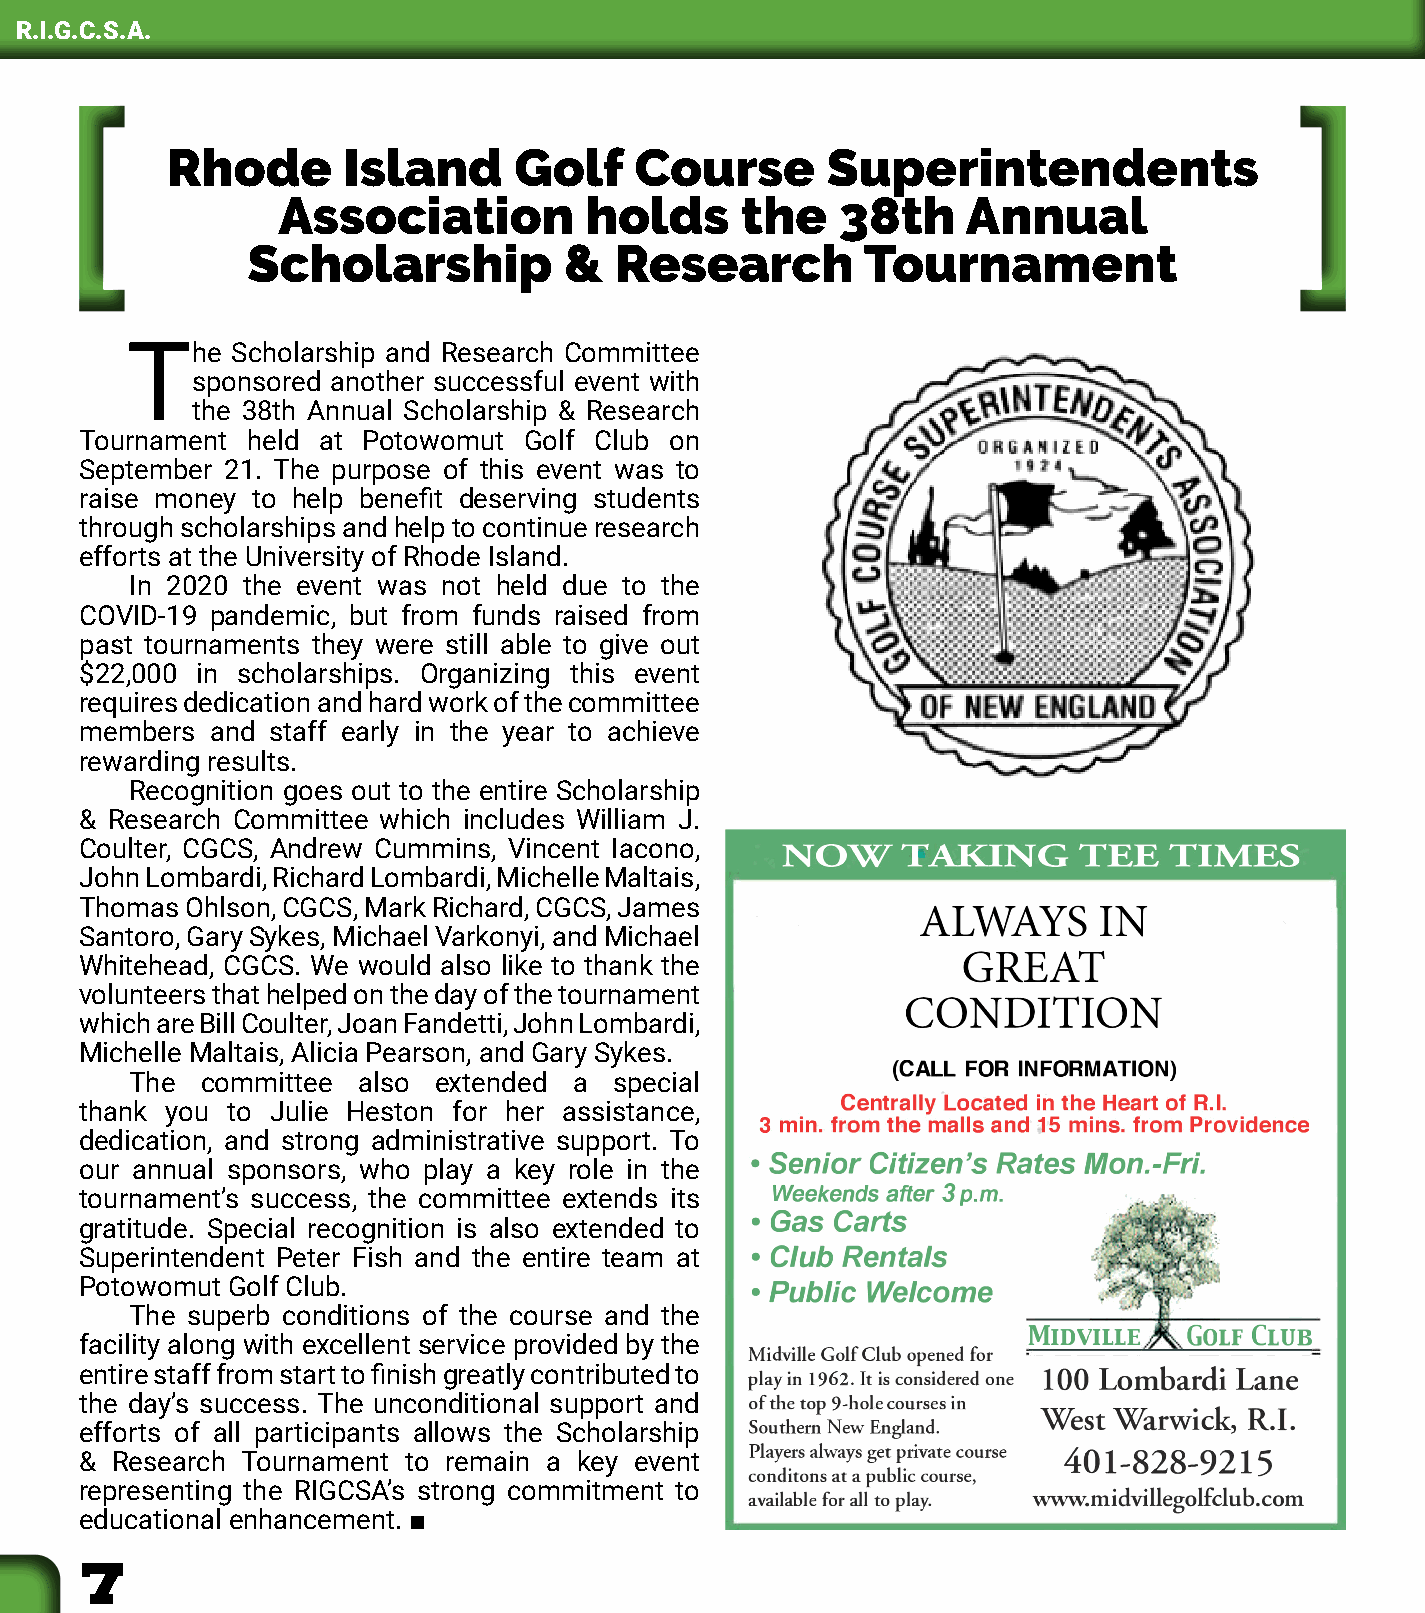
R.I.G.C.S.A.
 Rhode       Island     Golf    Course       Superintendents
 Association          holds     the    38th    Annual
 Scholarship          &   Research        Tournament
 The    Scholarship and Research Committee
 sponsored another successful event with
 the 38th Annual Scholarship & Research
 Tournament held at Potowomut  Golf Club on
 September 21. The purpose of this event was to
 raise money to help benefit deserving students
 through scholarships and help to continue research
 efforts at the University of Rhode Island.
 In 2020 the event was not held due to the
 COVID-19 pandemic, but from funds raised from
 past tournaments they were still able to give out
 $22,000 in scholarships. Organizing this event
 requires dedication and hard work of the committee
 members  and staff early in the year to achieve
 rewarding results.
 Recognition goes out to the entire Scholarship
 & Research Committee which includes William J.
 Coulter, CGCS, Andrew Cummins, Vincent Iacono,
 John Lombardi, Richard Lombardi, Michelle Maltais,
 Thomas Ohlson, CGCS, Mark Richard, CGCS, James
 Santoro, Gary Sykes, Michael Varkonyi, and Michael
 Whitehead, CGCS. We would also like to thank the
 volunteers that helped on the day of the tournament
 which are Bill Coulter, Joan Fandetti, John Lombardi,
 Michelle Maltais, Alicia Pearson, and Gary Sykes.
 The committee  also extended a  special
 thank you to Julie Heston for her assistance,
 dedication, and strong administrative support. To
 our annual sponsors, who play a key role in the
 tournament’s success, the committee extends its
 gratitude. Special recognition is also extended to
 Superintendent Peter Fish and the entire team at
 Potowomut Golf Club.
 The superb conditions of the course and the
 facility along with excellent service provided by the
 entire staff from start to finish greatly contributed to
 the day’s success. The unconditional support and
 efforts of all participants allows the Scholarship
 & Research Tournament to remain a key event
 representing the RIGCSA’s strong commitment to
 educational enhancement. ■
 7